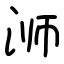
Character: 浉